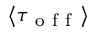
\langle \tau _ { \mathrm { ~ o ~ f ~ f ~ } } \rangle